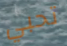
تحبي